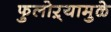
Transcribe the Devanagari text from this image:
फुलोऱ्यामुळे